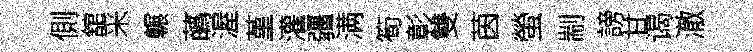
側舘采輾蘤渥堇灌疆满筍彰雙茵螢剬謗甘谒澈